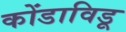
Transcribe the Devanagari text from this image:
कोंडाविडू